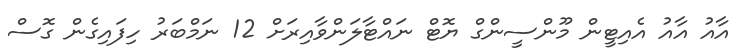
އާއު އާއު އެއިޓީން މޫންސީންގް ޔޮޓް ނައްޓާލަންވާއިރަށް 12 ނަމްބަރު ހިފައިގެން ގޮސް